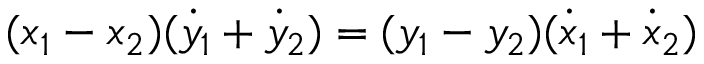
( x _ { 1 } - x _ { 2 } ) ( { \dot { y } } _ { 1 } + { \dot { y } } _ { 2 } ) = ( y _ { 1 } - y _ { 2 } ) ( { \dot { x } } _ { 1 } + { \dot { x } } _ { 2 } )